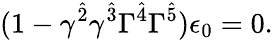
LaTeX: (1-\gamma^{\hat{2}}\gamma^{\hat{3}}\Gamma^{\hat{4}}\Gamma^{\hat{5}})\epsilon_{0}=0.